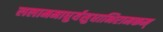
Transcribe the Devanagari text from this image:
ललाममाधुर्यसुधाभिरामकम्